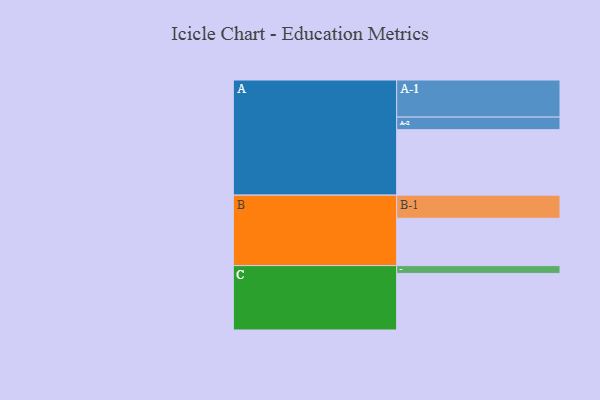
{"axis": {"x": "Segment", "y": "Value"}, "legend": ["", "A", "B", "C"], "data": [{"x": "A", "y": 494, "type": ""}, {"x": "B", "y": 357, "type": ""}, {"x": "C", "y": 427, "type": ""}, {"x": "A-1", "y": 280, "type": "A"}, {"x": "A-2", "y": 95, "type": "A"}, {"x": "B-1", "y": 175, "type": "B"}, {"x": "C-1", "y": 59, "type": "C"}]}